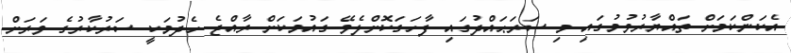
އެކަންކަމަށް ތައްޔާރުވުމުގައި މި ސަރަޙައްދުގައި ފާހަގަކޮށްލެވޭ ގައުމަކަށް ރާއްޖެ ހެދުމަކީ ސަރުކާރުގެ ވަރަށް